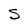
Character: S